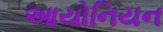
આયોનિયન